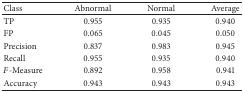
<table><thead><tr><td><b>Class</b></td><td><b>Abnormal</b></td><td><b>Normal</b></td><td><b>Average</b></td></tr></thead><tbody><tr><td>TP</td><td>0.955</td><td>0.935</td><td>0.940</td></tr><tr><td>FP</td><td>0.065</td><td>0.045</td><td>0.050</td></tr><tr><td>Precision</td><td>0.837</td><td>0.983</td><td>0.945</td></tr><tr><td>Recall</td><td>0.955</td><td>0.935</td><td>0.940</td></tr><tr><td><i>F</i>-Measure</td><td>0.892</td><td>0.958</td><td>0.941</td></tr><tr><td>Accuracy</td><td>0.943</td><td>0.943</td><td>0.943</td></tr></tbody></table>